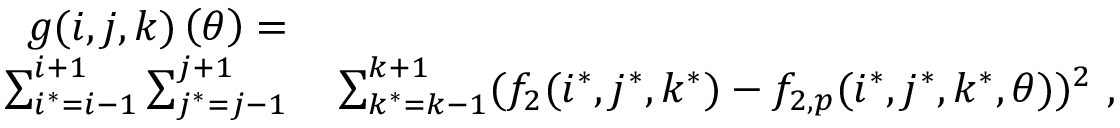
\begin{array} { r l } { g ( i , j , k ) \left( \theta \right) = } & { { } } \\ { \sum _ { i ^ { * } = i - 1 } ^ { i + 1 } \sum _ { j ^ { * } = j - 1 } ^ { j + 1 } } & { { } \sum _ { k ^ { * } = k - 1 } ^ { k + 1 } ( f _ { 2 } ( i ^ { * } , j ^ { * } , k ^ { * } ) - f _ { 2 , p } ( i ^ { * } , j ^ { * } , k ^ { * } , \theta ) ) ^ { 2 } \mathrm { ~ , ~ } } \end{array}